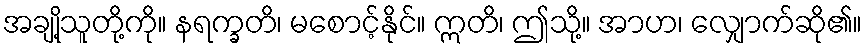
အချို့သူတို့ကို။ နရက္ခတိ၊ မစောင့်နိုင်။ ဣတိ၊ ဤသို့။ အာဟ၊ လျှောက်ဆို၏။